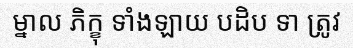
ម្នាល ភិក្ខុ ទាំងឡាយ បដិប ទា ត្រូវ